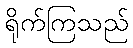
ရိုက်ကြသည်